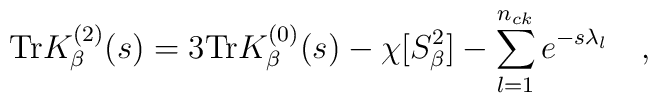
\mbox{Tr} K_\beta^{(2)}(s)=3\mbox{Tr}  K_\beta^{(0)}(s)-\chi[S^2_\beta]-\sum_{l=1}^{n_{ck}}e^{-s\lambda_l}~~~ ,